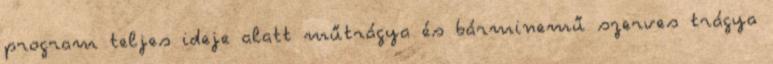
program teljes ideje alatt műtrágya és bárminemű szerves trágya